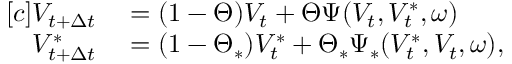
\begin{array} { r } { \begin{array} { r l } { [ c ] V _ { t + \Delta { t } } } & { { } = ( 1 - \Theta ) V _ { t } + \Theta \Psi ( V _ { t } , V _ { t } ^ { \ast } , \omega ) } \\ { V _ { t + \Delta { t } } ^ { \ast } } & { { } = ( 1 - \Theta _ { \ast } ) V _ { t } ^ { \ast } + \Theta _ { \ast } \Psi _ { \ast } ( V _ { t } ^ { \ast } , V _ { t } , \omega ) , } \end{array} } \end{array}